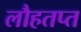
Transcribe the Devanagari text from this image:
लौहतप्त